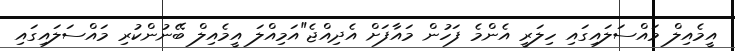
އީމެއިލް މައްސަލައިގައި ހިލަރީ އެންމެ ފަހުން މައާފަށް އެދިއްޖެ"އަމިއްލަ އީމެއިލް ބޭނުންކުރި މައްސަލައިގައި